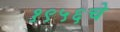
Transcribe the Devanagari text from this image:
१९५६चे